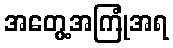
အတွေ့အကြုံအရ